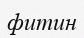
фитин